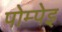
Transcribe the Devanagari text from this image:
पोम्पेइ